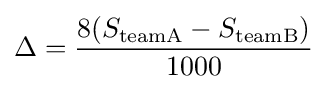
\Delta ={8(S_{\text{teamA}}-S_{\text{teamB}}) \over 1000}